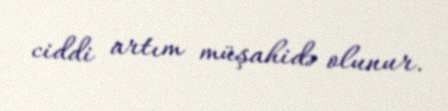
ciddi artım müşahidə olunur.